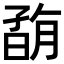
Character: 𡦇